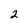
Character: 2